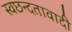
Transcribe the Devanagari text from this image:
स्वछन्दतावादी